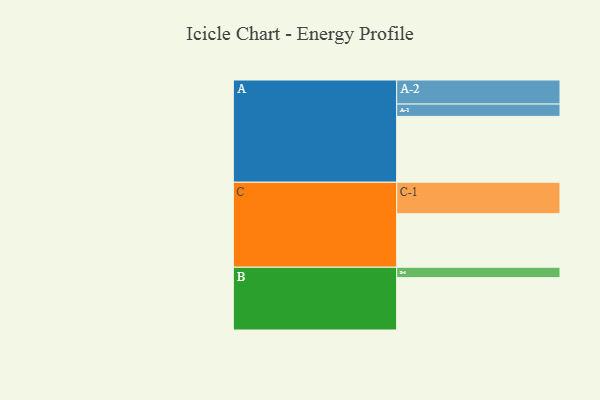
{"axis": {"x": "Segment", "y": "Value"}, "legend": ["", "A", "B", "C"], "data": [{"x": "A", "y": 577, "type": ""}, {"x": "B", "y": 459, "type": ""}, {"x": "C", "y": 469, "type": ""}, {"x": "A-1", "y": 108, "type": "A"}, {"x": "A-2", "y": 211, "type": "A"}, {"x": "B-1", "y": 91, "type": "B"}, {"x": "C-1", "y": 276, "type": "C"}]}